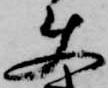
使